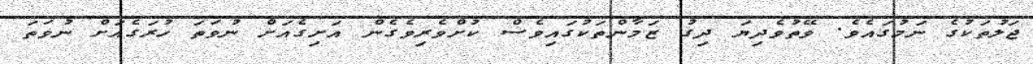
ޖަލުތަކުގެ ނަމުގައެވެ. ވޭތުވެދިޔަ ދިގު ޒަމާންތަކުގައިވެސް ކުށްވެރިވެގެން އަށިގެއަށް ނުވަތަ ހުރަގެއަށް ނުވަތަ